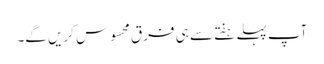
آپ پہلے ہفتے سے ہی فرق محسوس کریں گے۔